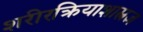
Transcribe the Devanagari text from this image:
शरीरक्रियाशास्त्रज्ञ